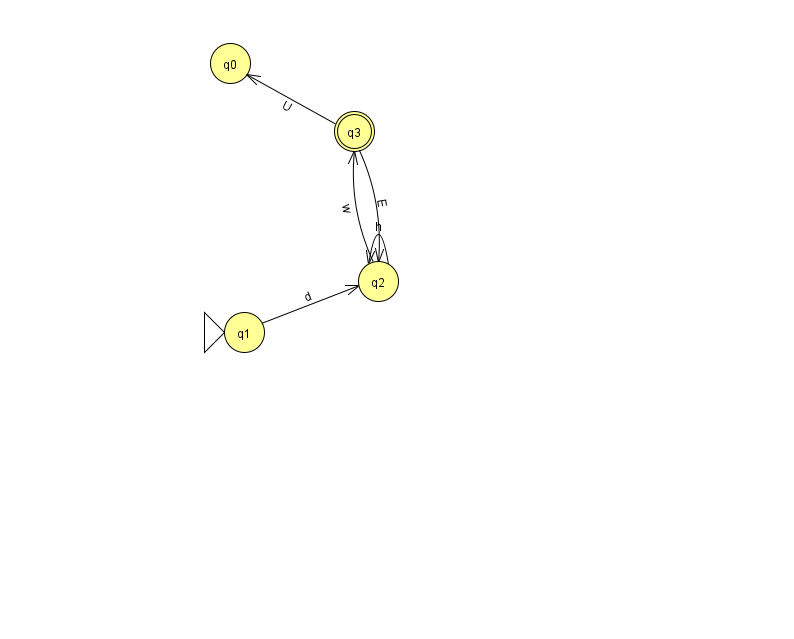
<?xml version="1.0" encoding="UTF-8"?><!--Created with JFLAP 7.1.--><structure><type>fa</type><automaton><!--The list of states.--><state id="0" name="q0"><x>230.0</x><y>50.0</y></state><state id="1" name="q1"><x>244.0</x><y>319.0</y><initial/></state><state id="2" name="q2"><x>378.0</x><y>268.0</y></state><state id="3" name="q3"><x>354.0</x><y>118.0</y><final/></state><!--The list of transitions.--><transition><from>2</from><to>3</to><read>w</read></transition><transition><from>3</from><to>2</to><read>E</read></transition><transition><from>2</from><to>2</to><read>h</read></transition><transition><from>3</from><to>0</to><read>U</read></transition><transition><from>1</from><to>2</to><read>d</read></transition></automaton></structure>